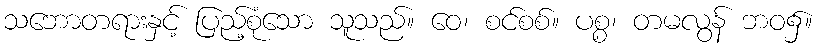
သဘောတရားနှင့် ပြည့်စုံသော သူသည်။ ဝေ၊ စင်စစ်။ ပစ္စ၊ တမလွန် ဘဝ၌။